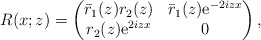
\begin{align*}R(x;z)=\begin{pmatrix}\bar{r}_1(z) r_2(z) & \bar{r}_1(z) \mathrm{e}^{-2iz x} \\r_2(z) \mathrm{e}^{2iz x} & 0\end{pmatrix},\end{align*}